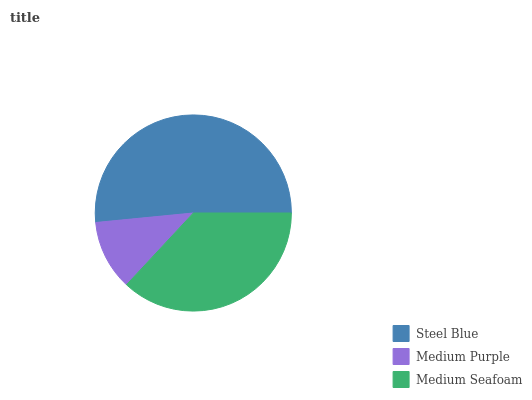
| Steel Blue | Medium Purple | Medium Seafoam |
 | --- | --- | --- |
 | 51.6% | 11.5% | 36.9% |